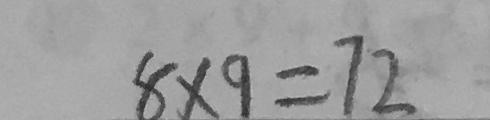
8 \times 9 = 7 2